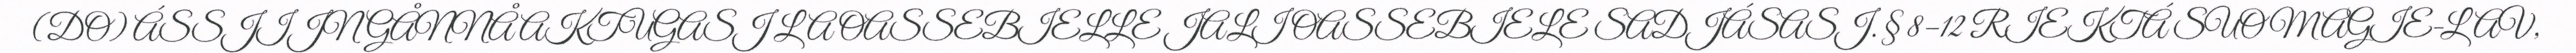
(DO) ÁSSJIJN GÅNNÅ AKTUGASJ LA OASSEBIELLE JALI OASSEBIELE SADJÁSASJ. § 8–12 RIEKTÁ SUOMAGIE-LAV,